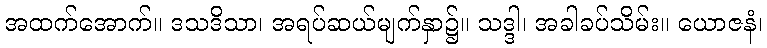
အထက်အောက်။ ဒသဒိသာ၊ အရပ်ဆယ်မျက်နှာ၌။ သဒ္ဒါ၊ အခါခပ်သိမ်း။ ယောဇနံ၊